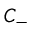
C _ { - }